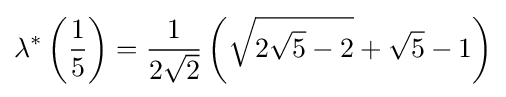
\lambda ^{*}\left({\frac {1}{5}}\right)={\frac {1}{2{\sqrt {2}}}}\left({\sqrt {2{\sqrt {5}}-2}}+{\sqrt {5}}-1\right)